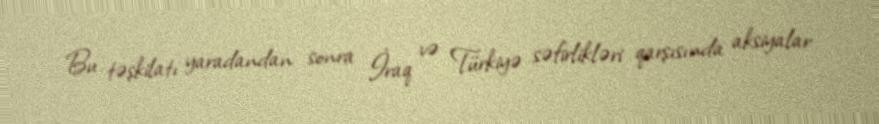
Bu təşkilatı yaradandan sonra İraq və Türkiyə səfirlikləri qarşısında aksiyalar